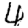
Digit: 4